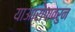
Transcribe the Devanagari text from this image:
याआरोपावरुन